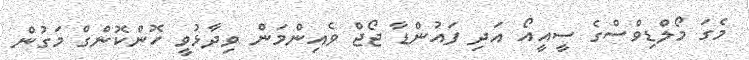
މެގަ މޯލްޑިވްސްގެ ސީއީއޯ އަދި ފައުންޑާ ޖޯޖް ވެއިންމަން ވިދާޅުވީ ހޮންކޮންގް މަގުން